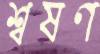
শ্বষণ